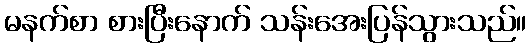
မနက်စာ စားပြီးနောက် သန်းအေးပြန်သွားသည်။